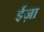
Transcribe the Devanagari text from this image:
ईज़ा